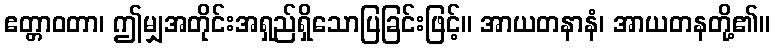
ဧတ္တာဝတာ၊ ဤမျှအတိုင်းအရှည်ရှိသောပြခြင်းဖြင့်။ အာယတနာနံ၊ အာယတနတို့၏။